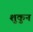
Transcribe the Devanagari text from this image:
शुकुन